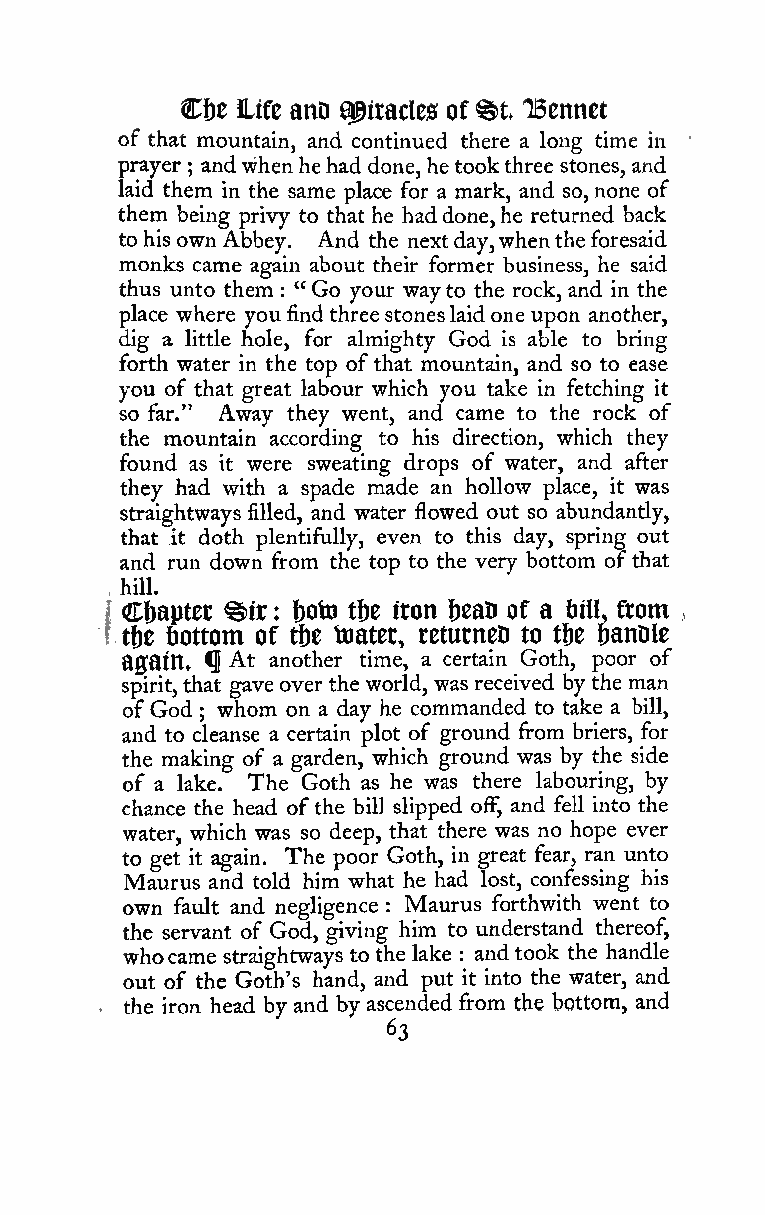
%t
 Cf)c iLife anD 9@itacles of iBennct
 of that mountain, and continued there a long time in
 prayer andwhenhehad done,hetookthree stones, and
 ;
 laid them in the same place for a mark, and so, none of
 them being privy to that he haddone,he returned back
 tohisownAbbey. And the nextday,whentheforesaid
 monks came again about their former business, he said
 thus unto them " Go your wayto the rock, and in the
 :
 place where youfindthree stoneslaidone upon another,
 dig a little hole, for almighty God is able to bring
 forth water in the top ofthat mountain, and so to ease
 you of that great labour which you take in fetching it
 so far." Away they went, and came to the rock of
 the mountain according to his direction, which they
 found as it were sweating drops of water, and after
 they had with a spade made an hollow place, it was
 straightways filled, and water flowed out so abundantly,
 that it doth plentifully, even to this day, spring out
 and run down from the top to the very bottom ofthat
 hill.
 ,
 Chapter %ix: f)oto tfjc iton f)eati of a tiiU, ftom
 I                                     ,
 Ittit bottom of tbe toatet, returneD to tbe 6anDle
 a0ain« ^ At another time, a certain Goth, poor of
 spirit,that gaveoverthe world, was received by the man
 ofGod whom on a day he commanded to take a bill,
 ;
 and to cleanse a certain plot of ground from briers, for
 the making of a garden, which ground was by the side
 of a lake. The Goth as he was there labouring, by
 chance the head ofthe bill slipped off, and fell into the
 water, which was so deep, that there was no hope ever
 to get it again. The poor Goth, in great fear, ran unto
 Maurus and told him what he had lost, confessing his
 own fault and negligence : Maurus forthwith went to
 the servant of God, giving him to understand thereof,
 whocame straightways to the lake and took the handle
 :
 out of the Goth's hand, and put it into the water, and
 the iron head by and by ascended from the bottom, and
 .
 63